Annual administration report of the Civil Veterinary Department, Ajmere-Merwara, British Rajputana - 1914-1940
Year: 1914
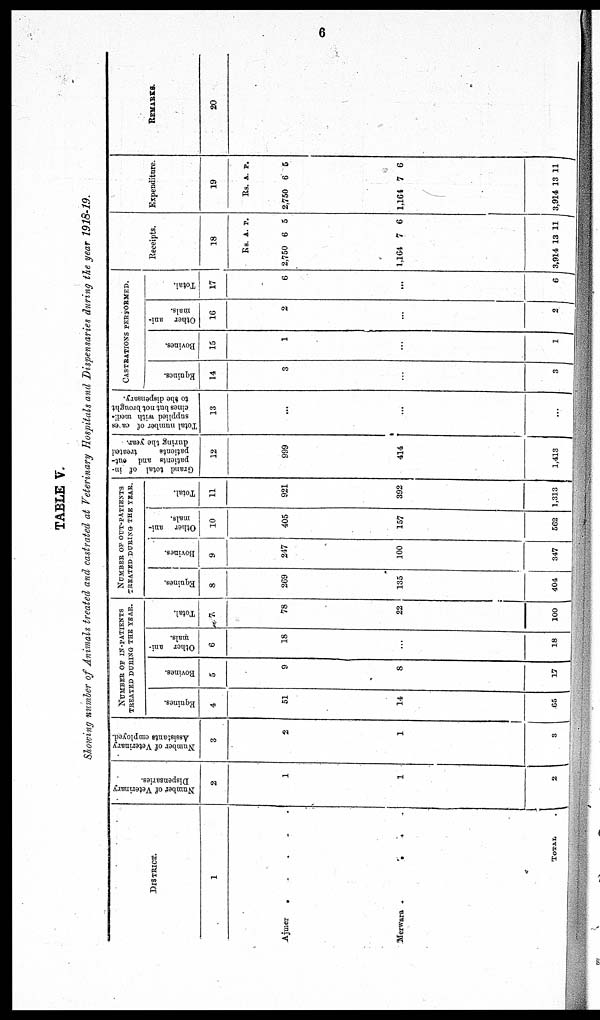
6
TABLE V.
Showing number of Animals treated and castrated at Veterinary Hospitals and Dispensaries during the year 1918-19.
DISTRICT.
1
Ajmer
. . . .
Merwara .
.
.
TOTAL
.
Number
of Veterinary
Dispensaries.
2
1
1
2
Number of Veterinary
Assistants employed.
3
2
1
3
NUMBER OF IN-PATIENTS
TREATED DURING THE YEAR.
Equines.
4
51
14
65
Bovines.
5
9
8
17
Other ani-
mals.
6
18
...
18
Total.
7
78
22
100
NUMBER OF OUT-PATIENTS
TREATED DURING THE YEAR.
Equines.
8
269
135
404
Bovines.
9
247
100
347
Other ani-
mals.
10
405
157
562
Total.
11
921
392
1,313
Grand total of in-
patients and out-
patients
treated
during the year.
12
999
414
1,413
Total number of cases
supplied with medi-
cines but not brought
to the dispensary.
13
...
...
...
CASTRATIONS PERFORMED.
Equines.
14
3
...
3
Bovines.
15
1
...
1
Other ani-
mals.
16
2
...
2
Total.
17
6
...
6
Receipts.
18
Rs
2,750
1,164
3,914
A.
6
7
13
P.
5
6
11
Expenditure.
19
Rs.
2,750
1,164
3,914
A.
6
7
13
P.
5
6
11
REMARKS.
20